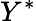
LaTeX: Y^{\ast}